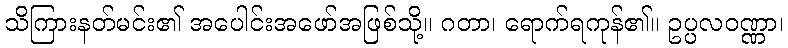
သိကြားနတ်မင်း၏ အပေါင်းအဖော်အဖြစ်သို့။ ဂတာ၊ ရောက်ရကုန်၏။ ဥပ္ပလဝဏ္ဏာ၊